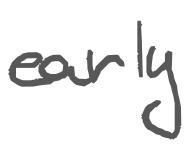
Text: early
Cross-out: clean
Writing tool: digital_gray